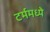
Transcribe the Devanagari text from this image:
टर्ममध्ये